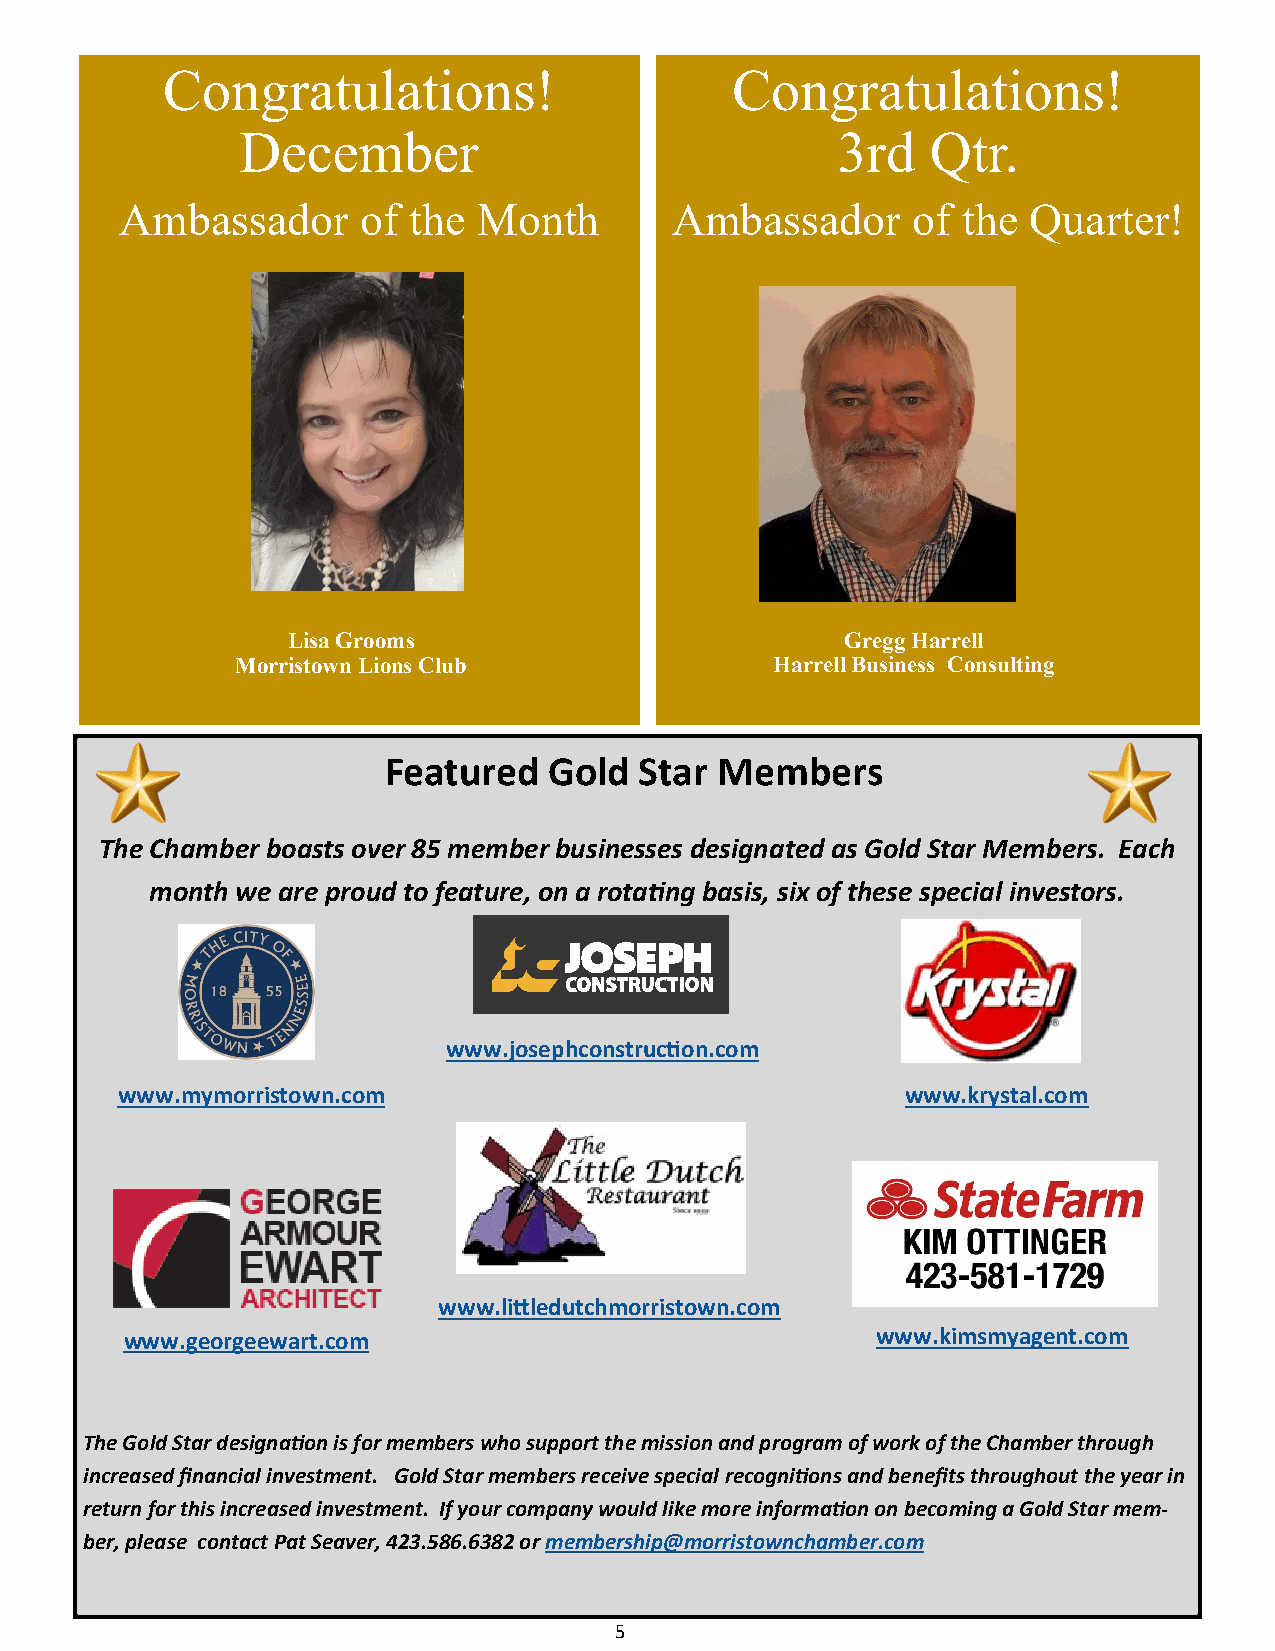
Congratulations!                     Congratulations!
 December                               3rd    Qtr.
 Ambassador      of the  Month       Ambassador      of  the Quarter!
 Lisa Grooms                          Gregg Harrell
 Morristown Lions Club              Harrell Business Consulting
 Featured   Gold  Star  Members
 The Chamber boasts over 85 member businesses designated as Gold Star Members. Each
 month we are proud to feature, on a rotating basis, six of these special investors.
 www.josephconstruction.com
 www.mymorristown.com                                www.krystal.com
 www.littledutchmorristown.com
 www.georgeewart.com                               www.kimsmyagent.com
 The Gold Star designation is for members who support the mission and program of work of the Chamber through
 increased financial investment. Gold Star members receive special recognitions and benefits throughout the year in
 return for this increased investment. If your company would like more information on becoming a Gold Star mem-
 ber, please contact Pat Seaver, 423.586.6382 or membership@morristownchamber.com
 5